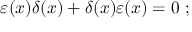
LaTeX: \varepsilon ( x ) \delta ( x ) + \delta ( x ) \varepsilon ( x ) = 0 ~ ;